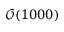
\mathcal { O } ( 1 0 0 0 )